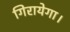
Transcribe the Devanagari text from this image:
गिरायेगा।